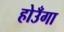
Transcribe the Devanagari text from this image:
होउँगा